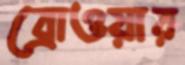
ব্রোওয়ার